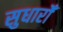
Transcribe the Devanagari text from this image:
सुधारोँ